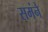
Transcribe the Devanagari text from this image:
समंने